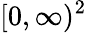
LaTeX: [0,\infty)^{2}